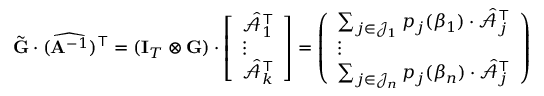
\tilde { \mathbf { G } } \cdot ( \widehat { \mathbf { A } ^ { - 1 } } ) ^ { \top } = ( \mathbf { I } _ { T } \otimes \mathbf { G } ) \cdot \left[ \begin{array} { l } { \hat { \mathcal { A } } _ { 1 } ^ { \top } } \\ { \vdots } \\ { \hat { \mathcal { A } } _ { k } ^ { \top } } \end{array} \right] = \left( \begin{array} { l } { \sum _ { j \in \mathcal { J } _ { 1 } } p _ { j } ( \beta _ { 1 } ) \cdot \hat { \mathcal { A } } _ { j } ^ { \top } } \\ { \vdots } \\ { \sum _ { j \in \mathcal { J } _ { n } } p _ { j } ( \beta _ { n } ) \cdot \hat { \mathcal { A } } _ { j } ^ { \top } } \end{array} \right)